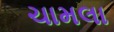
ચામલા